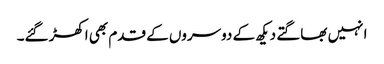
ا نہیں بھاگتے دیکھ کے دوسروں کے قدم بھی اکھڑ گئے۔